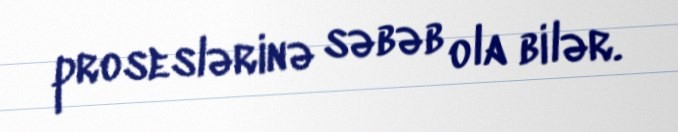
proseslərinə səbəb ola bilər.